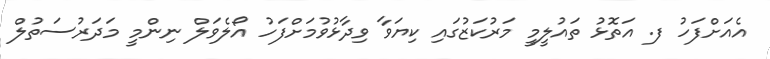
އެއަށްފަހު ފ. އަތޮޅު ތައުލީމީ މަރުކަޒުގައި ކިޔަވާ ވިދާޅުވުމަށްފަހު އޯލެވަލް ނިންމީ މަދަރުސަތުލް